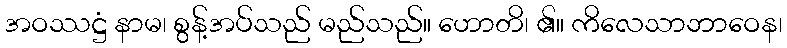
အဝဿဋ္ဌံ နာမ၊ စွန့်အပ်သည် မည်သည်။ ဟောတိ၊ ၏။ ကိလေသာဘာဝေန၊